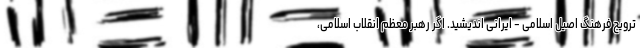
ترویج فرهنگ اصیل اسلامی - ایرانی اندیشید. اگر رهبر معظم انقلاب اسلامی،